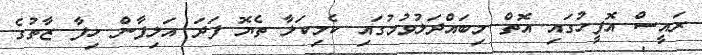
ރައީސް އޮފީހުގައި އޮތް މިބައްދަލުވުމުގައި ކެމިކަލާ ތެޔޮ ފަދަ އަލިފާން ހިފާ ޒާތުގެ